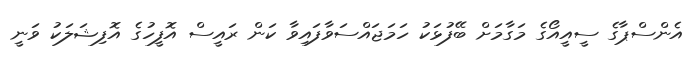
އެންސްޕާގެ ސީއީއޯގެ މަގާމަށް ބޭފުޅަކު ހަމަޖައްސަވާފައިވާ ކަން ރައީސް އޮފީހުގެ އޮފިޝަލަކު ވަނީ